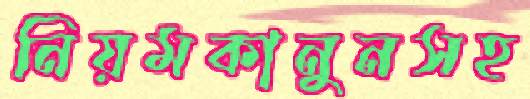
নিয়মকানুনসহ